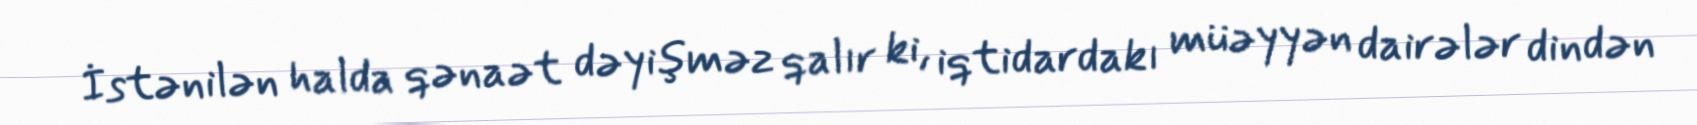
İstənilən halda qənaət dəyişməz qalır ki, iqtidardakı müəyyən dairələr dindən